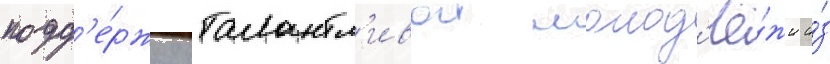
подд'е́ржку талантл'ивои молод'ё́жи и́з